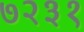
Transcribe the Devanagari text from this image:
७२३१